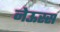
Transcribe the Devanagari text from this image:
नेऊस्स